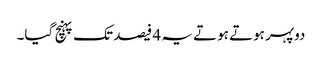
دوپہر ہوتے ہوتے یہ 4 فیصد تک پہنچ گیا۔